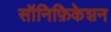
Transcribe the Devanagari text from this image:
सॉनिफ़िकेशन